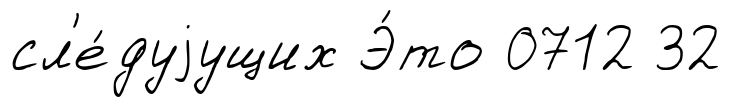
сл'е́дуjущих Э́то 0712 32